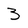
Character: 3